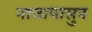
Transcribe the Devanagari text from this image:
नावापासुन